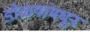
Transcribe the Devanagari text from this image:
डोळ्यांमधून